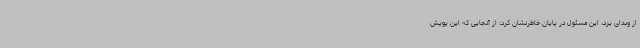
از وبدای یزد، این مسئول در پایان خاطرنشان کرد: از آنجایی که این پویش